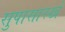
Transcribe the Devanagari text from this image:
सुपासारखे